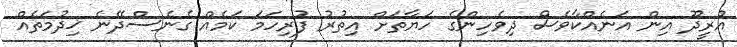
އުރީދޫ އިން އަނެއްކާވެސް ދިވެހިންގެ ހަޔާތަށް އިތުރު ފުރިހަމަ ކަމެއް ގެނެސްދޭނެ ޚިދުމަތެއް